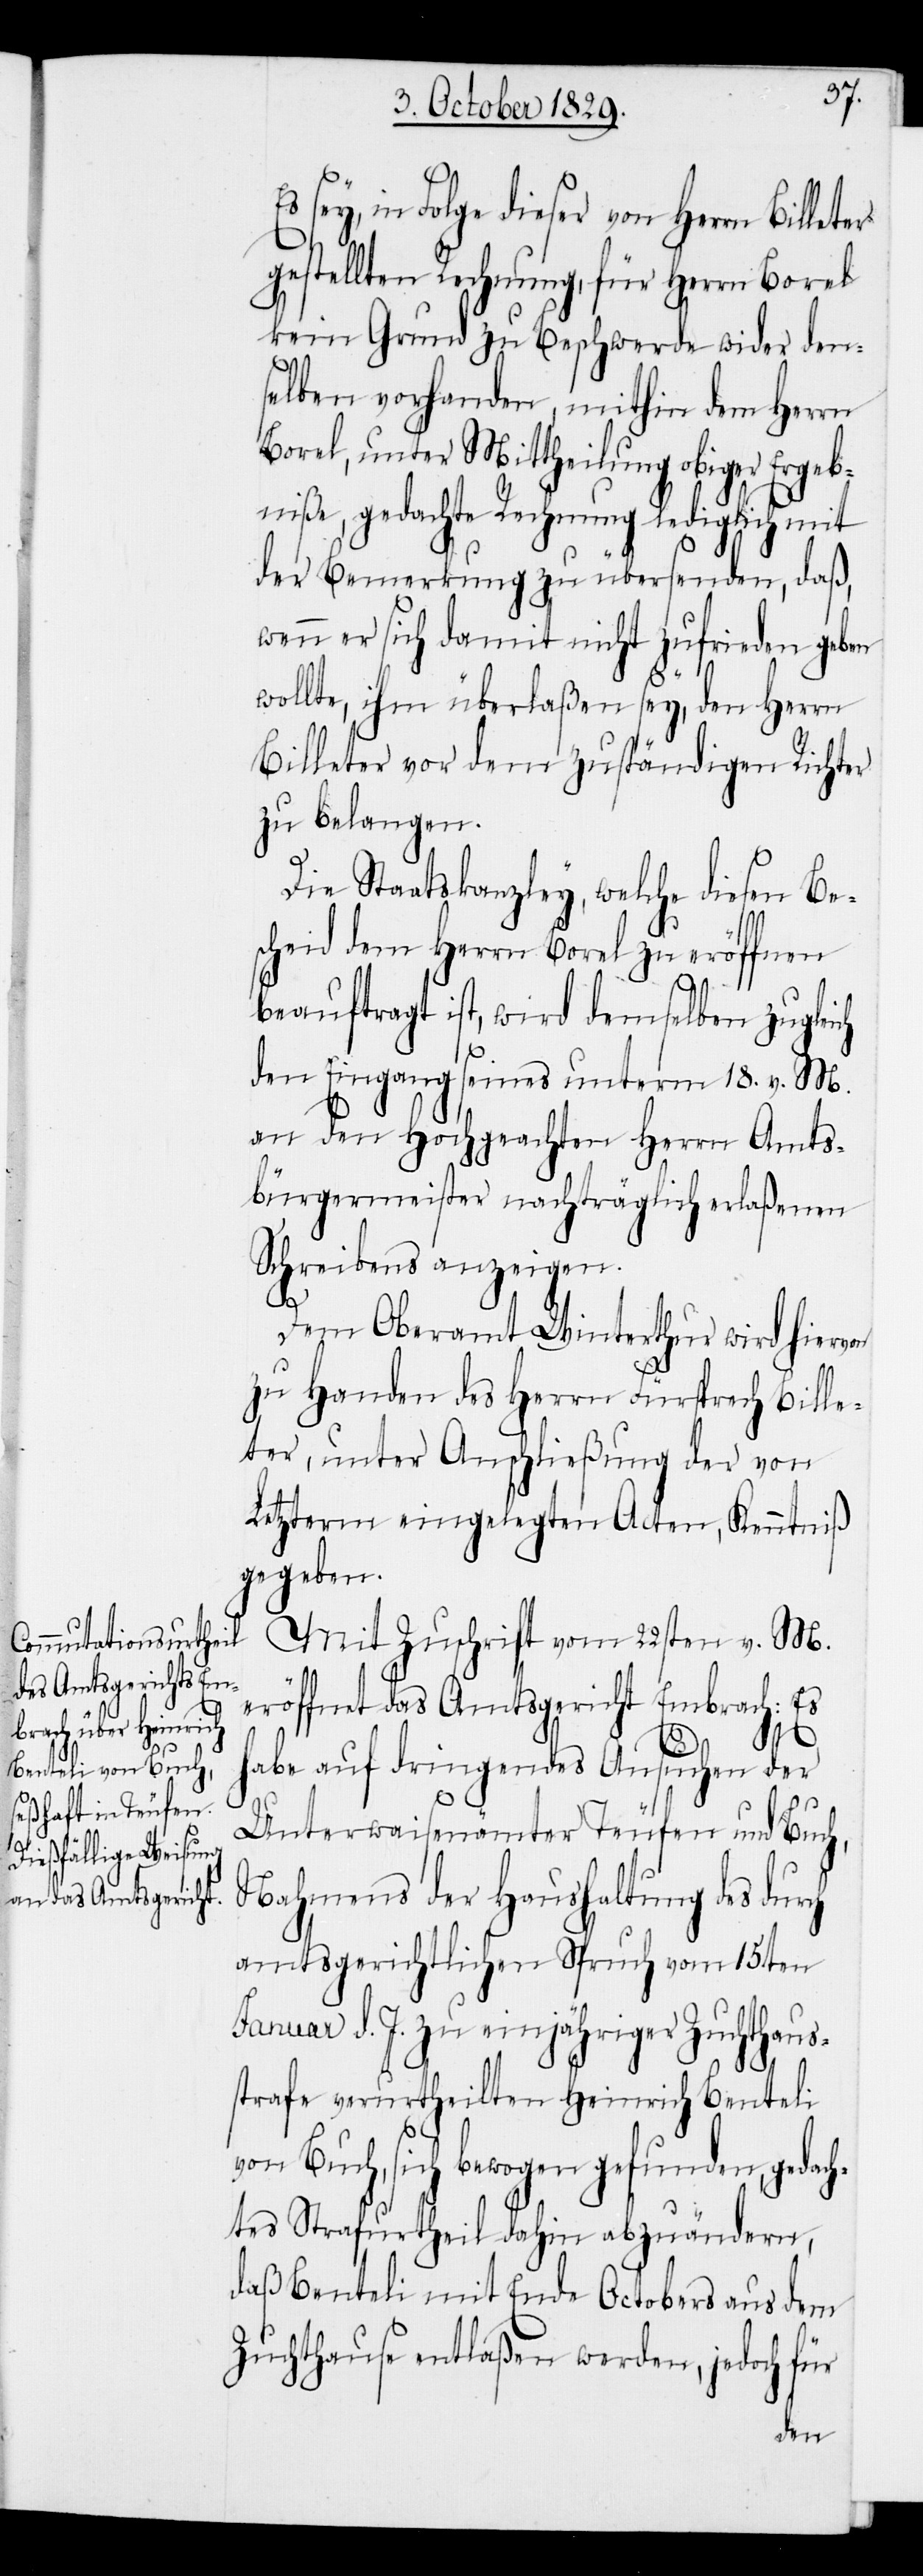
sey, in Folge dieser von Herrn Bille¬
gestellten Rechnung, für Herrn Borel
kein Grund zu Beschwerde wider den¬
selben vorhanden, mithin dem Herrn
Borel, unter Mittheilung obiger Ergeb¬
niße, gedachte Rechnung lediglich mit
der Bemerkung zu übersenden, daß,
wenn er sich damit nicht zufrieden geben
wollte, ihm überlaßen sey, den Herrn
Billeter vor dem zuständigen Richter
zu belangen.
Die Staatskanzley, welche diesen Be¬
scheid dem Herrn Borel zu eröffnen
beauftragt ist, wird demselben zugleich
den Eingang seines unterm 18. v. M.
an den Hochgeachten Herrn Amts¬
bürgermeister nachträglich erlaßenen
Schreibens anzeigen.
ach¬
Dem Oberamt Winterthur wird hiervon
zu Handen des Herrn Fürsprech Bille¬
ter, unter Anschließung der von
Letzterm eingelegten Acten, Kenntniß
gegeben.
Mit Zuschrift vom 22sten v. M.
eröffnet das Amtsgericht Embrach: Es
habe auf dringendes Ansuchen der
Unterwaisenämter Teufen und Buch,
Nahmens der Haushaltung des dur¬
amtsgerichtlichen Spruch vom 15ten
Januar d. J. zu einjähriger Zuchthaus¬
strafe verurtheilten Heinrich Benteli
sich bewogen gefunden, ged¬
tes Strafurtheil dahin abzuändern,
daß Benteli mit Ende Octobers aus dem
Zuchthause entlaßen werden, jedoch für